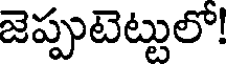
జెప్పుటెట్టులో!